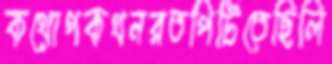
কথোপকথনরতপিটিতেছিলি